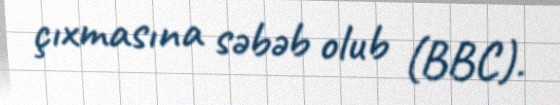
çıxmasına səbəb olub (BBC).